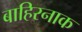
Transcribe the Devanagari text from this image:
बाहिरनाक